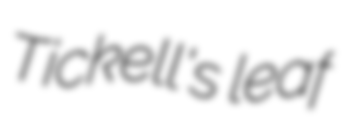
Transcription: Tickell's leaf